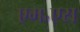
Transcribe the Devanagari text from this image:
एम॰एस